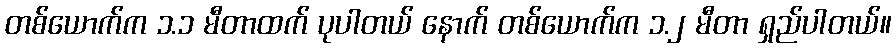
တစ်ယောက်က ၁.၁ မီတာထက် ပုပါတယ် နောက် တစ်ယောက်က ၁.၂ မီတာ ရှည်ပါတယ်။